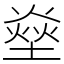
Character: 𤍢